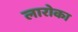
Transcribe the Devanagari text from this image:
लारोका